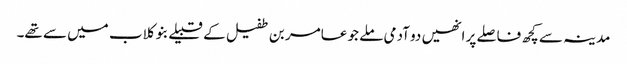
مدینہ سے کچھ فاصلے پر انھیں دو آدمی ملے جو عامر بن طفیل کے قبیلے بنو کلاب میں سے تھے۔